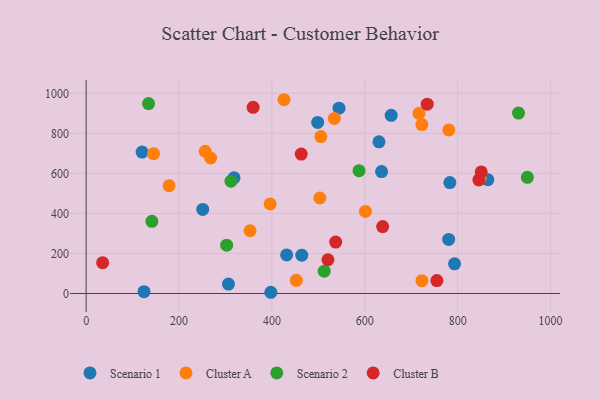
{"axis": {"x": "Speed", "y": "Rating"}, "legend": ["Cluster A", "Cluster B", "Scenario 1", "Scenario 2"], "data": [{"x": "251.1", "y": 420.0, "type": "Scenario 1"}, {"x": "636.2", "y": 609.1, "type": "Scenario 1"}, {"x": "431.8", "y": 192.8, "type": "Scenario 1"}, {"x": "783.2", "y": 553.9, "type": "Scenario 1"}, {"x": "865.0", "y": 568.3, "type": "Scenario 1"}, {"x": "544.6", "y": 925.6, "type": "Scenario 1"}, {"x": "498.6", "y": 854.5, "type": "Scenario 1"}, {"x": "397.7", "y": 6.1, "type": "Scenario 1"}, {"x": "656.9", "y": 890.1, "type": "Scenario 1"}, {"x": "464.4", "y": 191.4, "type": "Scenario 1"}, {"x": "120.5", "y": 706.4, "type": "Scenario 1"}, {"x": "780.7", "y": 270.3, "type": "Scenario 1"}, {"x": "630.6", "y": 757.8, "type": "Scenario 1"}, {"x": "318.5", "y": 577.7, "type": "Scenario 1"}, {"x": "793.3", "y": 148.1, "type": "Scenario 1"}, {"x": "124.6", "y": 9.2, "type": "Scenario 1"}, {"x": "306.5", "y": 47.2, "type": "Scenario 1"}, {"x": "178.7", "y": 538.7, "type": "Cluster A"}, {"x": "145.2", "y": 698.2, "type": "Cluster A"}, {"x": "268.1", "y": 676.9, "type": "Cluster A"}, {"x": "601.5", "y": 409.8, "type": "Cluster A"}, {"x": "534.5", "y": 874.5, "type": "Cluster A"}, {"x": "426.2", "y": 967.9, "type": "Cluster A"}, {"x": "505.5", "y": 784.0, "type": "Cluster A"}, {"x": "452.6", "y": 65.6, "type": "Cluster A"}, {"x": "503.3", "y": 476.9, "type": "Cluster A"}, {"x": "396.3", "y": 447.5, "type": "Cluster A"}, {"x": "256.4", "y": 710.3, "type": "Cluster A"}, {"x": "716.8", "y": 900.0, "type": "Cluster A"}, {"x": "353.0", "y": 313.4, "type": "Cluster A"}, {"x": "722.9", "y": 844.0, "type": "Cluster A"}, {"x": "781.0", "y": 817.1, "type": "Cluster A"}, {"x": "848.6", "y": 576.4, "type": "Cluster A"}, {"x": "723.1", "y": 64.2, "type": "Cluster A"}, {"x": "302.6", "y": 241.2, "type": "Scenario 2"}, {"x": "141.6", "y": 360.4, "type": "Scenario 2"}, {"x": "587.7", "y": 613.5, "type": "Scenario 2"}, {"x": "950.2", "y": 580.4, "type": "Scenario 2"}, {"x": "512.7", "y": 111.6, "type": "Scenario 2"}, {"x": "134.4", "y": 948.8, "type": "Scenario 2"}, {"x": "931.1", "y": 901.2, "type": "Scenario 2"}, {"x": "311.9", "y": 560.9, "type": "Scenario 2"}, {"x": "755.3", "y": 64.3, "type": "Cluster B"}, {"x": "845.7", "y": 567.5, "type": "Cluster B"}, {"x": "638.5", "y": 334.2, "type": "Cluster B"}, {"x": "850.8", "y": 607.3, "type": "Cluster B"}, {"x": "463.2", "y": 696.4, "type": "Cluster B"}, {"x": "537.4", "y": 257.0, "type": "Cluster B"}, {"x": "520.7", "y": 168.5, "type": "Cluster B"}, {"x": "359.6", "y": 929.8, "type": "Cluster B"}, {"x": "35.5", "y": 154.2, "type": "Cluster B"}, {"x": "734.5", "y": 945.9, "type": "Cluster B"}]}